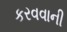
કરવવાની